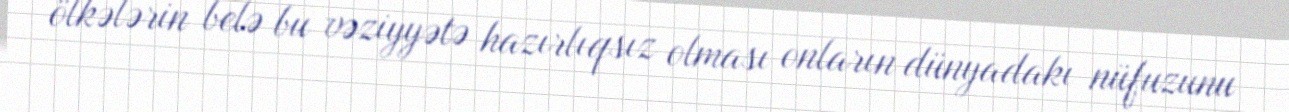
ölkələrin belə bu vəziyyətə hazırlıqsız olması onların dünyadakı nüfuzunu